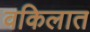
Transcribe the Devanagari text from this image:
वकिलात